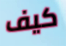
كيف